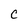
Character: C